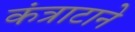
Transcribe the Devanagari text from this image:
कंत्राटाने